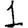
Digit: 1